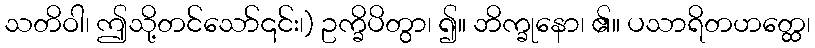
သတိဝါ၊ ဤသို့တင်သော်၎င်း၊) ဥက္ခိပိတွာ၊ ၍။ ဘိက္ခုနော၊ ၏။ ပသာရိတဟတ္ထေ၊